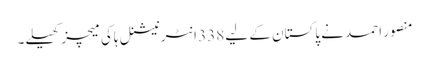
منصور احمد نے پاکستان کے لیے 338 انٹرنیشنل ہاکی میچز کھیلے۔